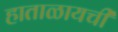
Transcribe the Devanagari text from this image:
हाताळायची